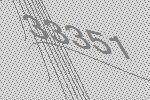
33351